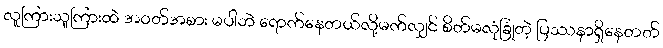
လူကြားသူကြားထဲ အဝတ်အစား မပါဘဲ ရောက်နေတယ်လို့မက်လျှင် စိတ်မလုံခြုံတဲ့ ပြဿနာရှိနေတတ်